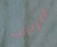
الزبيب